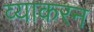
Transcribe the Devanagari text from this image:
व्याकरन